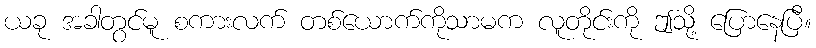
ယခု အခါတွင်မူ စကားလက် တစ်ယောက်ကိုသာမက လူတိုင်းကို ဤသို့ ပြောနေပြီ။